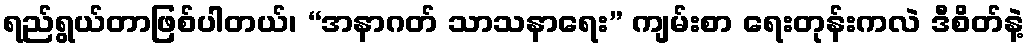
ရည်ရွယ်တာဖြစ်ပါတယ်၊ “အနာဂတ် သာသနာရေး” ကျမ်းစာ ရေးတုန်းကလဲ ဒီစိတ်နဲ့